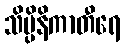
သိပ္ပိနိကာတီရေ